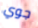
جوي